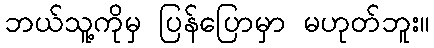
ဘယ်သူ့ကိုမှ ပြန်ပြောမှာ မဟုတ်ဘူး။